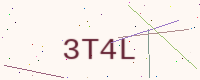
Text: 3T4L